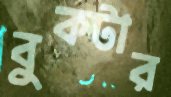
বুকটার